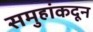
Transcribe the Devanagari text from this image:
समुहांकदून